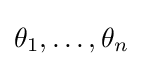
\theta _{1},\ldots ,\theta _{n}